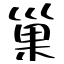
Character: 巢